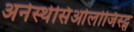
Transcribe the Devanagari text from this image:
अनेस्थेसिओलोजिस्ट्स